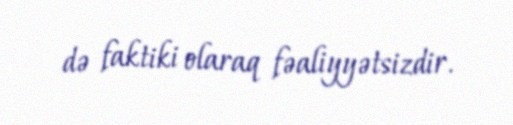
də faktiki olaraq fəaliyyətsizdir.